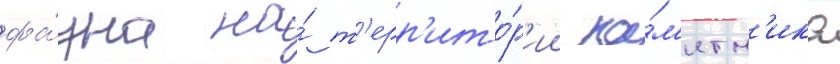
фа́уна на́ т'ерр'ито́р'ии па́м'ятн'ика